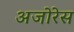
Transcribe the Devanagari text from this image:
अजोरेस